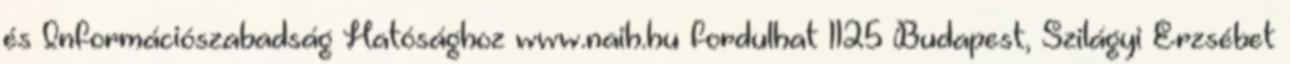
és Információszabadság Hatósághoz www.naih.hu fordulhat 1125 Budapest, Szilágyi Erzsébet